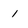
Character: 1